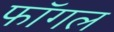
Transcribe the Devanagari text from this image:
फॉगल